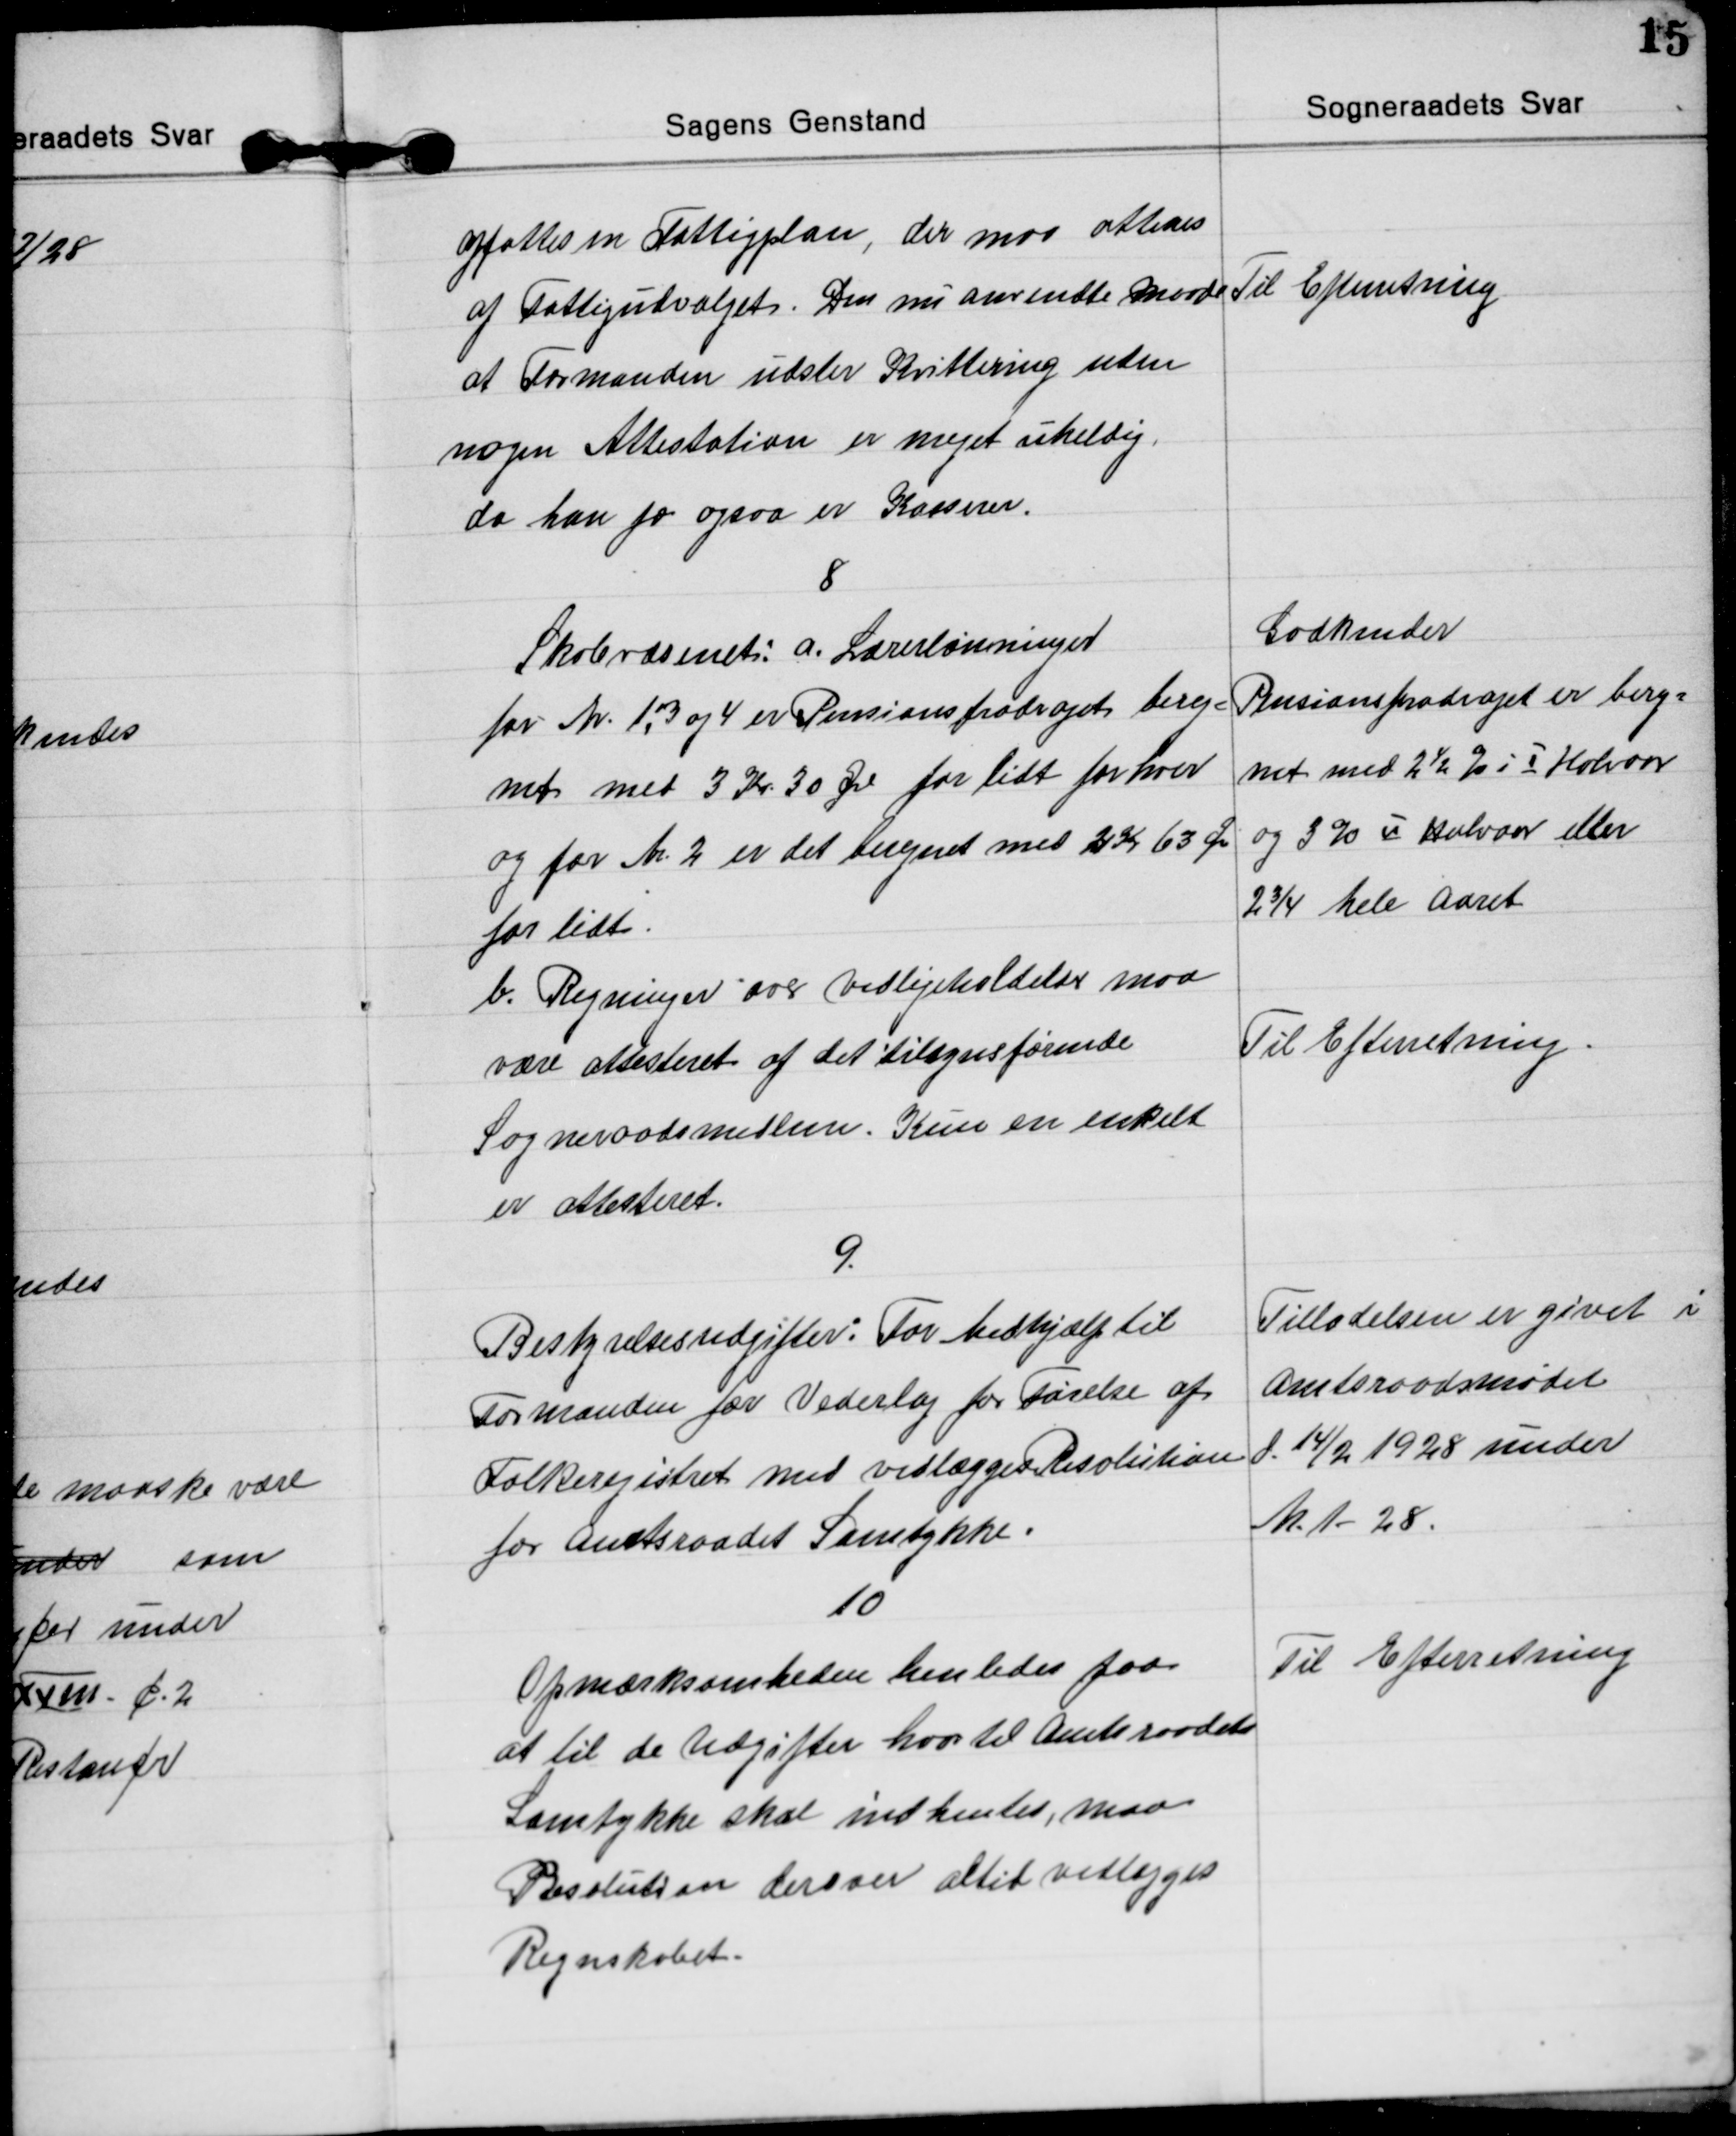
Transskription:
affattes en Fattigplan, der maa atteres
af Fattigudvalget. Den nu anvendte Maade
at Formanden udster Kvittering uden
nogen Attestation er meget uheldig,
da han jo ogsaa er Kasserer.
Til Efterretning

8
Skolevæsenet: a. Lærerlønninger
for Nr. 1,3 og 4 er Pensionsfradraget bereg=
net med 3 Kr 30 Øre for lidt for hver
og for Nr. 2 er det beregnet med 2 Kr 63 Øre
for lidt.     
Godkender
Pensionsfradraget er bereg=
net med 2½ % i I Halvaar
og 3 % II Halvaar eller
2¾ hele Aaret
b. Regninger over vedligeholdelse maa
være attesteret af det tilsynsførende
Sogneraadsmedlem. Kun en enkelt
er attesteret.
Til Efterretning.

9.
Bestyrelsesudgifter: For Medhjælp til
Formanden for Vederlag for Førelse af
Folkeregistret med vedlægges Resolution
for amtsraadet Samtykke.
Tilladelsen er givet i
amtsraadsmødet
d. 14/2 1928 under
Nr. 1-28.

10
Opmærksomheden henledes paa
at til de Udgifter hvortil amtsraadets
Samtykke skal indhentes, maa
Resolution derover altid vedlægges
Regnskabet.
Til Efterretning